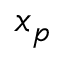
x _ { p }